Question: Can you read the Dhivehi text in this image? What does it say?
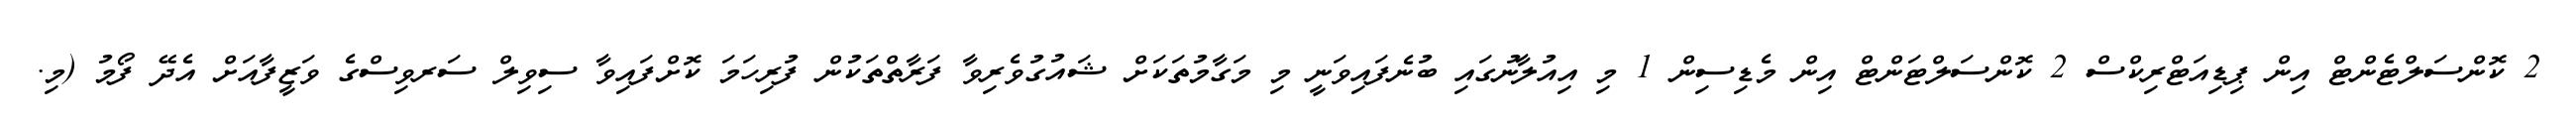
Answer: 2 ކޮންސަލްޓެންޓް އިން ޕިޑިއަޓްރިކްސް 2 ކޮންސަލްޓަންޓް އިން މެޑިސިން 1 މި އިއުލާނުގައި ބުނެފައިވަނީ މި މަގާމުތަކަށް ޝައުގުވެރިވާ ފަރާތްތަކުން ފުރިހަމަ ކޮށްފައިވާ ސިވިލް ސަރވިސްގެ ވަޒީފާއަށް އެދޭ ފޯމު (މި.